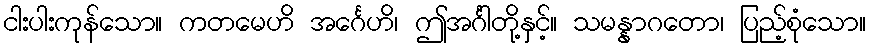
ငါးပါးကုန်သော။ ကတမေဟိ အင်္ဂေဟိ၊ ဤအင်္ဂါတို့နှင့်။ သမန္နာဂတော၊ ပြည့်စုံသော။